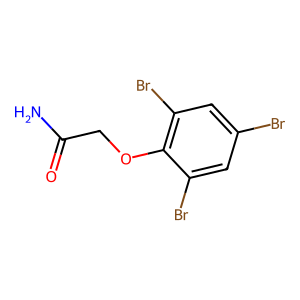
SMILES: NC(=O)COc1c(Br)cc(Br)cc1Br
Inhibits HIV replication: No